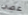
عصي